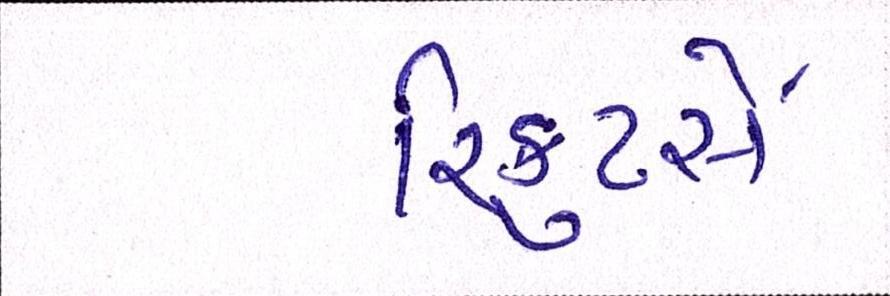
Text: રિક્રુટર્સે